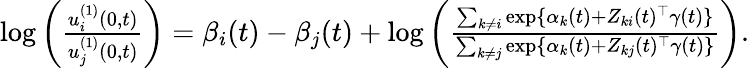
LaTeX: \begin{array}{r}{\log\bigg(\frac{u_{i}^{(1)}(0,t)}{u_{j}^{(1)}(0,t)}\bigg)=\beta_{i}(t)-\beta_{j}(t)+\log\bigg(\frac{\sum_{k\neq i}\exp\{ \alpha_{k}(t)+Z_{ki}(t)^{\top}\gamma(t)\} }{\sum_{k\neq j}\exp\{ \alpha_{k}(t)+Z_{kj}(t)^{\top}\gamma(t)\} }\bigg).}\end{array}